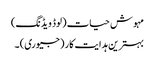
مہوش حیات (لوڈ ویڈنگ)
بہترین ہدایت کار (جیوری) ۔